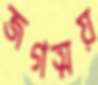
জগত্ময়